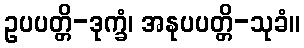
ဥပပတ္တိ-ဒုက္ခံ၊ အနုပပတ္တိ-သုခံ။